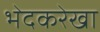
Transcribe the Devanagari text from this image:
भेदकरेखा